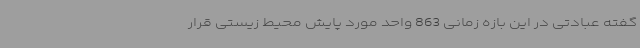
گفته عبادتی در این بازه زمانی 863 واحد ‌مورد پایش محیط زیستی قرار